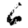
Digit: 6